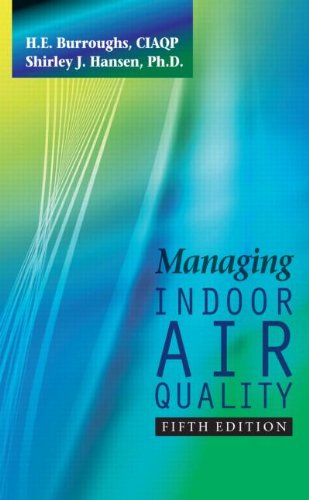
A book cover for Managing Indoor Air Quality, Fifth Edition; H.E. Burroughs; Business & Money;